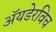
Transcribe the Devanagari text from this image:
ॲयडेरविच